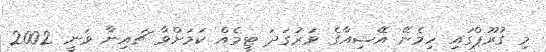
މި ގުރޫޕްގައި ހިމެނޭ އޭޝިއާގެ ވަރުގަދަ ޓީމެއް ކަމަށްވާ ޗައިނާ ވަނީ 2002